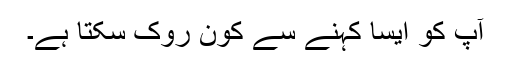
آپ کو ایسا کہنے سے کون روک سکتا ہے۔